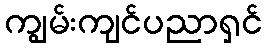
ကျွမ်းကျင်ပညာရှင်